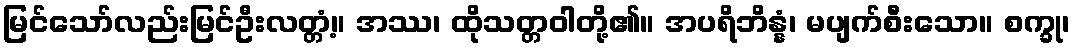
မြင်သော်လည်းမြင်ဦးလတ္တံ့။ အဿ၊ ထိုသတ္တဝါတို့၏။ အပရိဘိန္နံ၊ မပျက်စီးသော။ စက္ခု၊